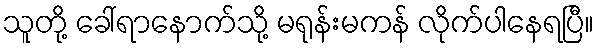
သူတို့ ခေါ်ရာနောက်သို့ မရုန်းမကန် လိုက်ပါနေရပြီ။